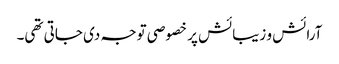
آرائش و زیبائش پر خصوصی توجہ دی جاتی تھی۔